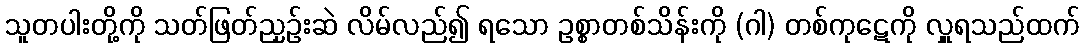
သူတပါးတို့ကို သတ်ဖြတ်ညှဉ်းဆဲ လိမ်လည်၍ ရသော ဥစ္စာတစ်သိန်းကို (ဂါ) တစ်ကုဋေကို လှူရသည်ထက်